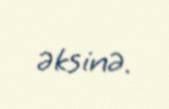
əksinə.